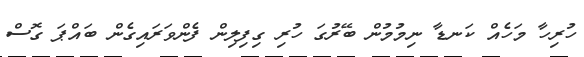
ހުރިހާ މަހެއް ކަނޑާ ނިމުމުން ބޭރުގަ ހުރި ގިފިލިން ފެންވަރައިގެން ބައްޕަ ގޮސް